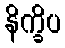
နိက္ခိပ